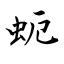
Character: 蚅